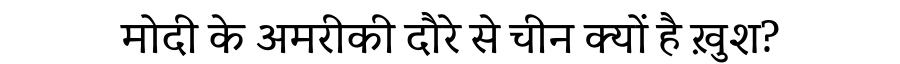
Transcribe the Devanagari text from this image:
मोदी के अमरीकी दौरे से चीन क्यों है ख़ुश?